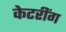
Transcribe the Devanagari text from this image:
केटरींग